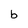
Character: b